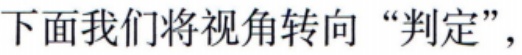
下面我们将视角转向 “判定”，